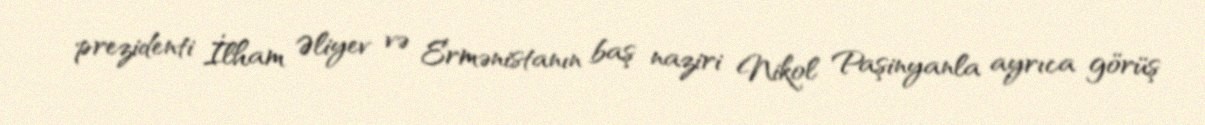
prezidenti İlham Əliyev və Ermənistanın baş naziri Nikol Paşinyanla ayrıca görüş